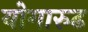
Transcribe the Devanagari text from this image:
योगारुढ